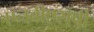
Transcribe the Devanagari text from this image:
एनबीएसपी